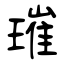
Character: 璀